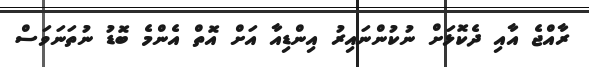
ރާއްޖެ އާއި ދެކޮޅަށް ނުކުންނައިރު އިންޑިއާ އަށް އޮތް އެންމެ ބޮޑު ނުތަނަވަސް